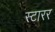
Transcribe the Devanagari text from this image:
स्टारर